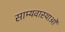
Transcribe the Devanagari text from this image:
साम्यवास्थाओं